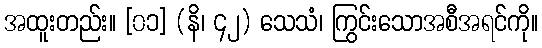
အထူးတည်း။ [၀၁] (နိ၊ ၄၂) သေသံ၊ ကြွင်းသောအစီအရင်ကို။